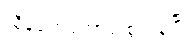
ညှီနံ့တွေတောင် စွဲကုန်ပြီ။